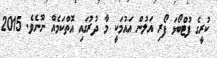
ކުރީގެ ފުޓްބޯޅަ ފޯރި އަލުން އައުމަކީ މާ ދުރުގައި އޮތްކަމެއް ނޫނެވެ. 2015